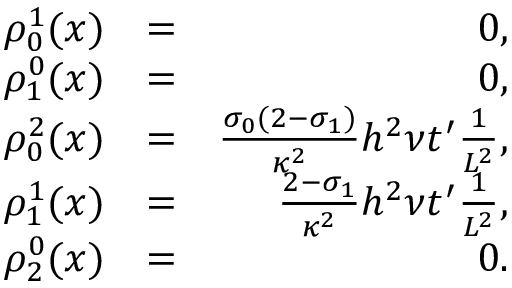
\begin{array} { r l r } { \rho _ { 0 } ^ { 1 } ( x ) } & { = } & { 0 , } \\ { \rho _ { 1 } ^ { 0 } ( x ) } & { = } & { 0 , } \\ { \rho _ { 0 } ^ { 2 } ( x ) } & { = } & { \frac { \sigma _ { 0 } ( 2 - \sigma _ { 1 } ) } { \kappa ^ { 2 } } h ^ { 2 } \nu t ^ { \prime } \frac { 1 } { L ^ { 2 } } , } \\ { \rho _ { 1 } ^ { 1 } ( x ) } & { = } & { \frac { 2 - \sigma _ { 1 } } { \kappa ^ { 2 } } h ^ { 2 } \nu t ^ { \prime } \frac { 1 } { L ^ { 2 } } , } \\ { \rho _ { 2 } ^ { 0 } ( x ) } & { = } & { 0 . } \end{array}